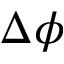
\Delta \phi